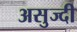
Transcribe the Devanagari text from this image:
असुज्दी